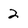
Character: 2